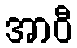
အာဝီ